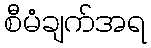
စီမံချက်အရ